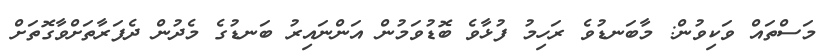
މަސްތައް ވަކިވުން: މާބަނޑުވެ ރަހިމު ފުޅާވެ ބޮޑުވަމުން އަންނައިރު ބަނޑުގެ މެދުން ދެފަރާތަށްވާގޮތަށް